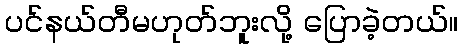
ပင်နယ်တီမဟုတ်ဘူးလို့ ပြောခဲ့တယ်။